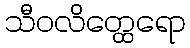
သီဝလိတ္ထေရော